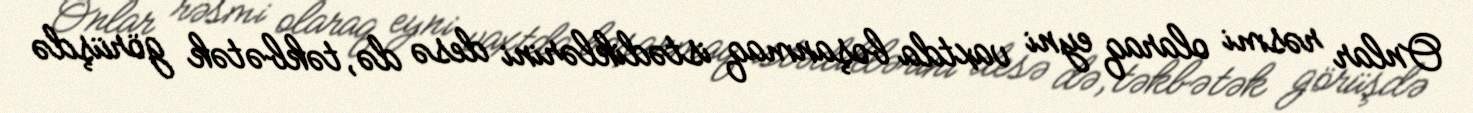
Onlar rəsmi olaraq eyni vaxtda boşanmaq istədiklərini desə də, təkbətək görüşdə